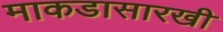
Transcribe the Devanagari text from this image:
माकडासारखी